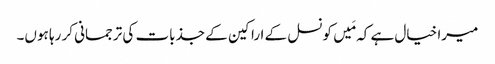
میرا خیال ہے کہ مَیں کونسل کے اراکین کے جذبات کی ترجمانی کر رہا ہوں۔